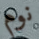
نوم